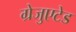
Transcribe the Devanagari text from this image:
ग्रेजुएटेड